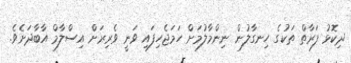
ދިކޮޅު ފަރާތް ތަކުގެ ހިނގާލުން ނިންމާލުމަށް ހަމަޖެހިފައި ވަނީ ވެރިރަށް އިސްލާމް އާބާދަށެވެ.